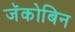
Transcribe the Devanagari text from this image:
जॅकोबिन